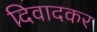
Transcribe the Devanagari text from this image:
दिवादकर